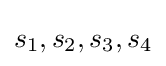
s_{1},s_{2},s_{3},s_{4}